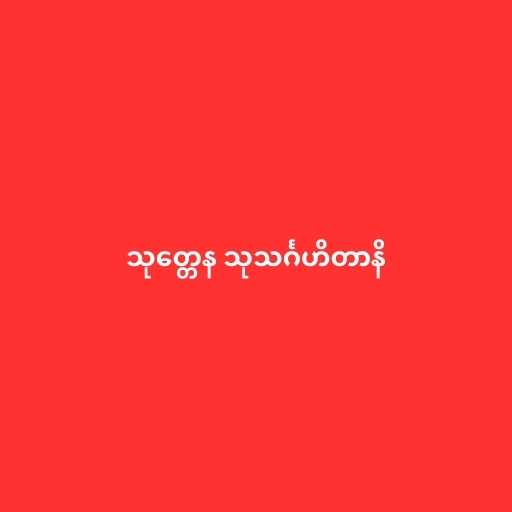
သုတ္တေန သုသင်္ဂဟိတာနိ